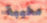
مخيبة